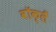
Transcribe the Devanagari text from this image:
वॉक्लैं